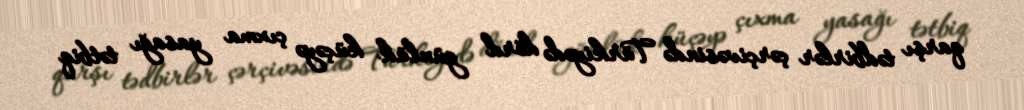
qarşı tədbirlər çərçivəsində Türkiyədə dörd günlük küçəyə çıxma yasağı tətbiq